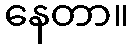
နေတာ။